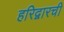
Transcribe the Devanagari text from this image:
हरिद्वारची